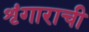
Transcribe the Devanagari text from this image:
शृंगाराची